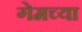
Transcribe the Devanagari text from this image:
गेमच्या